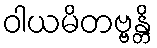
ဝါယမိတဗ္ဗန္တိ